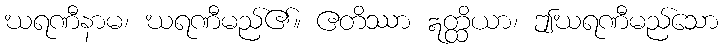
ဃရဏီနာမ၊ ဃရဏီမည်၏။ ဧတိဿာ ဣတ္ထိယာ၊ ဤဃရဏီမည်သော